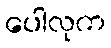
ပေါလုက